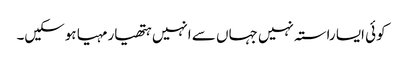
کوئی ایسا راستہ نہیں جہاں سے انہیں ہتھیار مہیا ہوسکیں۔